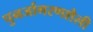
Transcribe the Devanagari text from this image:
पुनर्जागरणशैली